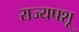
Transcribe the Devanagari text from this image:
राज्यपशू